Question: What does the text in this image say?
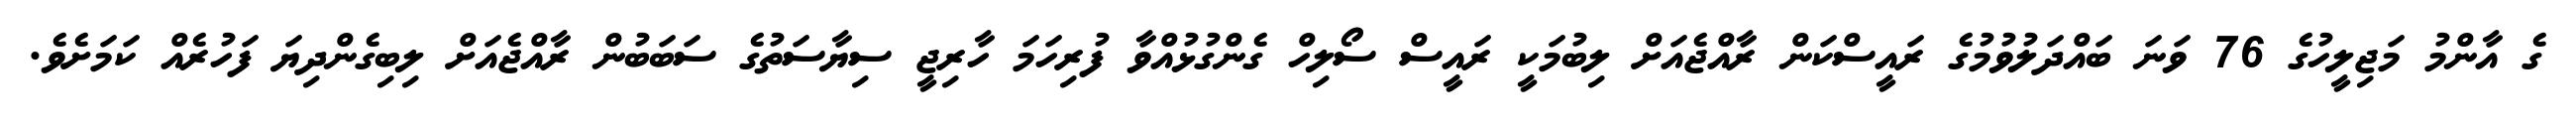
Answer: ގެ އާންމު މަޖިލީހުގެ 76 ވަނަ ބައްދަލުވުމުގެ ރައީސްކަން ރާއްޖެއަށް ލިބުމަކީ ރައީސް ސޯލިހް ގެންގުޅުއްވާ ފުރިހަމަ ހާރިޖީ ސިޔާސަތުގެ ސަބަބުން ރާއްޖެއަށް ލިބިގެންދިޔަ ފަހުރެއް ކަމަށެވެ.